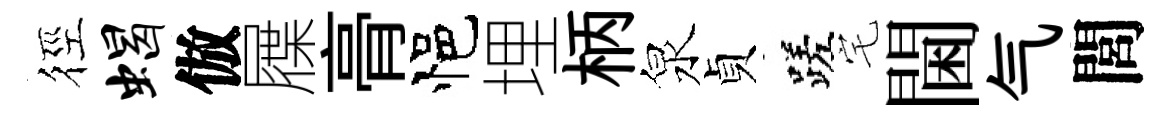
徑蝎倣屧𮌔悒埋柄泉貞蹉宅閫气閭